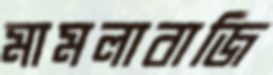
মামলাবাজি